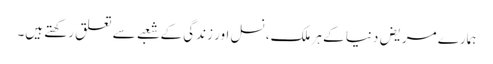
ہمارے مریض دنیا کے ہر ملک، نسل اور زندگی کے شعبے سے تعلق رکھتے ہیں۔